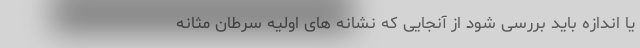
یا اندازه باید بررسی شود از آنجایی که نشانه های اولیه سرطان مثانه